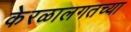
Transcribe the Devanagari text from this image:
केरळालगतच्या